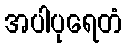
အပါပုရေတံ